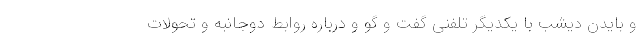
و بایدن دیشب با یکدیگر تلفنی گفت و گو و درباره روابط دوجانبه و تحولات